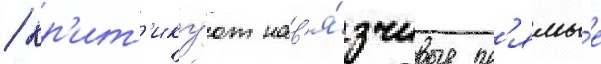
/ кр'ит'ику́ют нав'я́зчивые пр'ямы́е